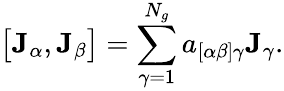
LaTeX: \bigl[\mathbf{J}_{\alpha},\mathbf{J}_{\beta}\bigr]=\sum_{\gamma=1}^{N_{g}}a_{[\alpha\beta]\gamma}\mathbf{J}_{\gamma}.